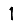
Digit: 1